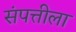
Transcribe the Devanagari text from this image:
संपत्तीला